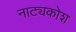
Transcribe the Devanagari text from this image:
नाट्यकोश